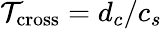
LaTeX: \mathcal{T}_{\mathrm{{cross}}}=d_{c}/c_{s}